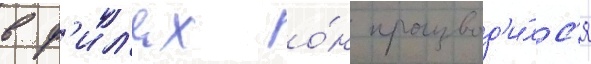
в ф'ил'ях о́н производ'и́лс'я